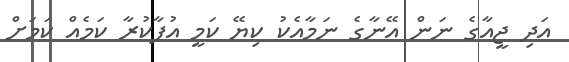
އަދި ޖީއާގެ ނަން އޭނާގެ ނަމާއެކު ކިޔޭ ކަމީ އުފާކުރާ ކަމެއް ކަމަށް